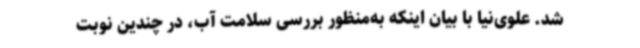
شد. علوی‌نیا با بیان اینکه به‌منظور بررسی سلامت آب، در چندین نوبت